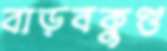
বাড়বকুণ্ড